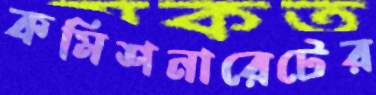
কমিশনারেটের